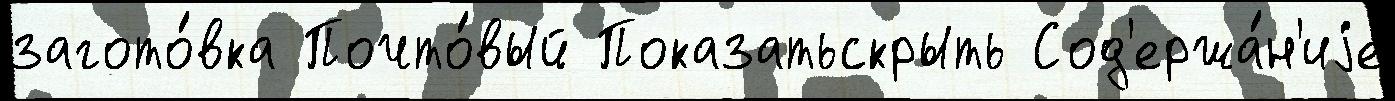
загото́вка Почто́вый Показатьскрыть Сод'ержа́н'иjе